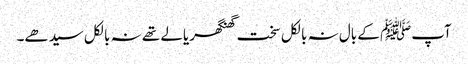
آپﷺ کے بال نہ بالکل سخت گھنگھریالے تھے نہ بالکل سیدھے۔